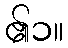
၏၁။